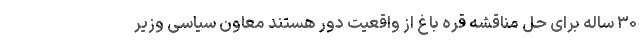
۳۰ ساله برای حل مناقشه قره باغ از واقعیت دور هستند معاون سیاسی وزیر